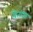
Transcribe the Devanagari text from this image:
येतातः